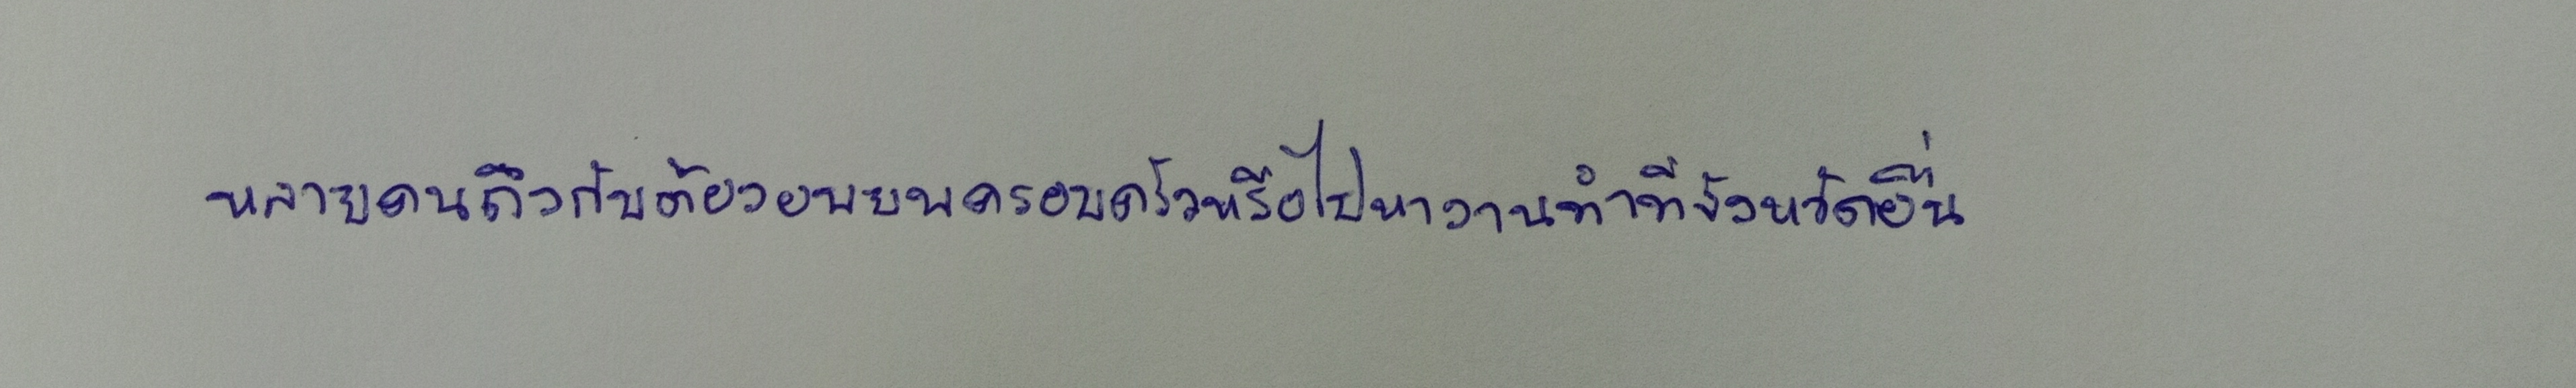
หลายคนถึงกับต้องอพยพครอบครัวหรือไปหางานทำที่จังหวัดอื่น